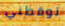
توقظني